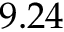
9 . 2 4